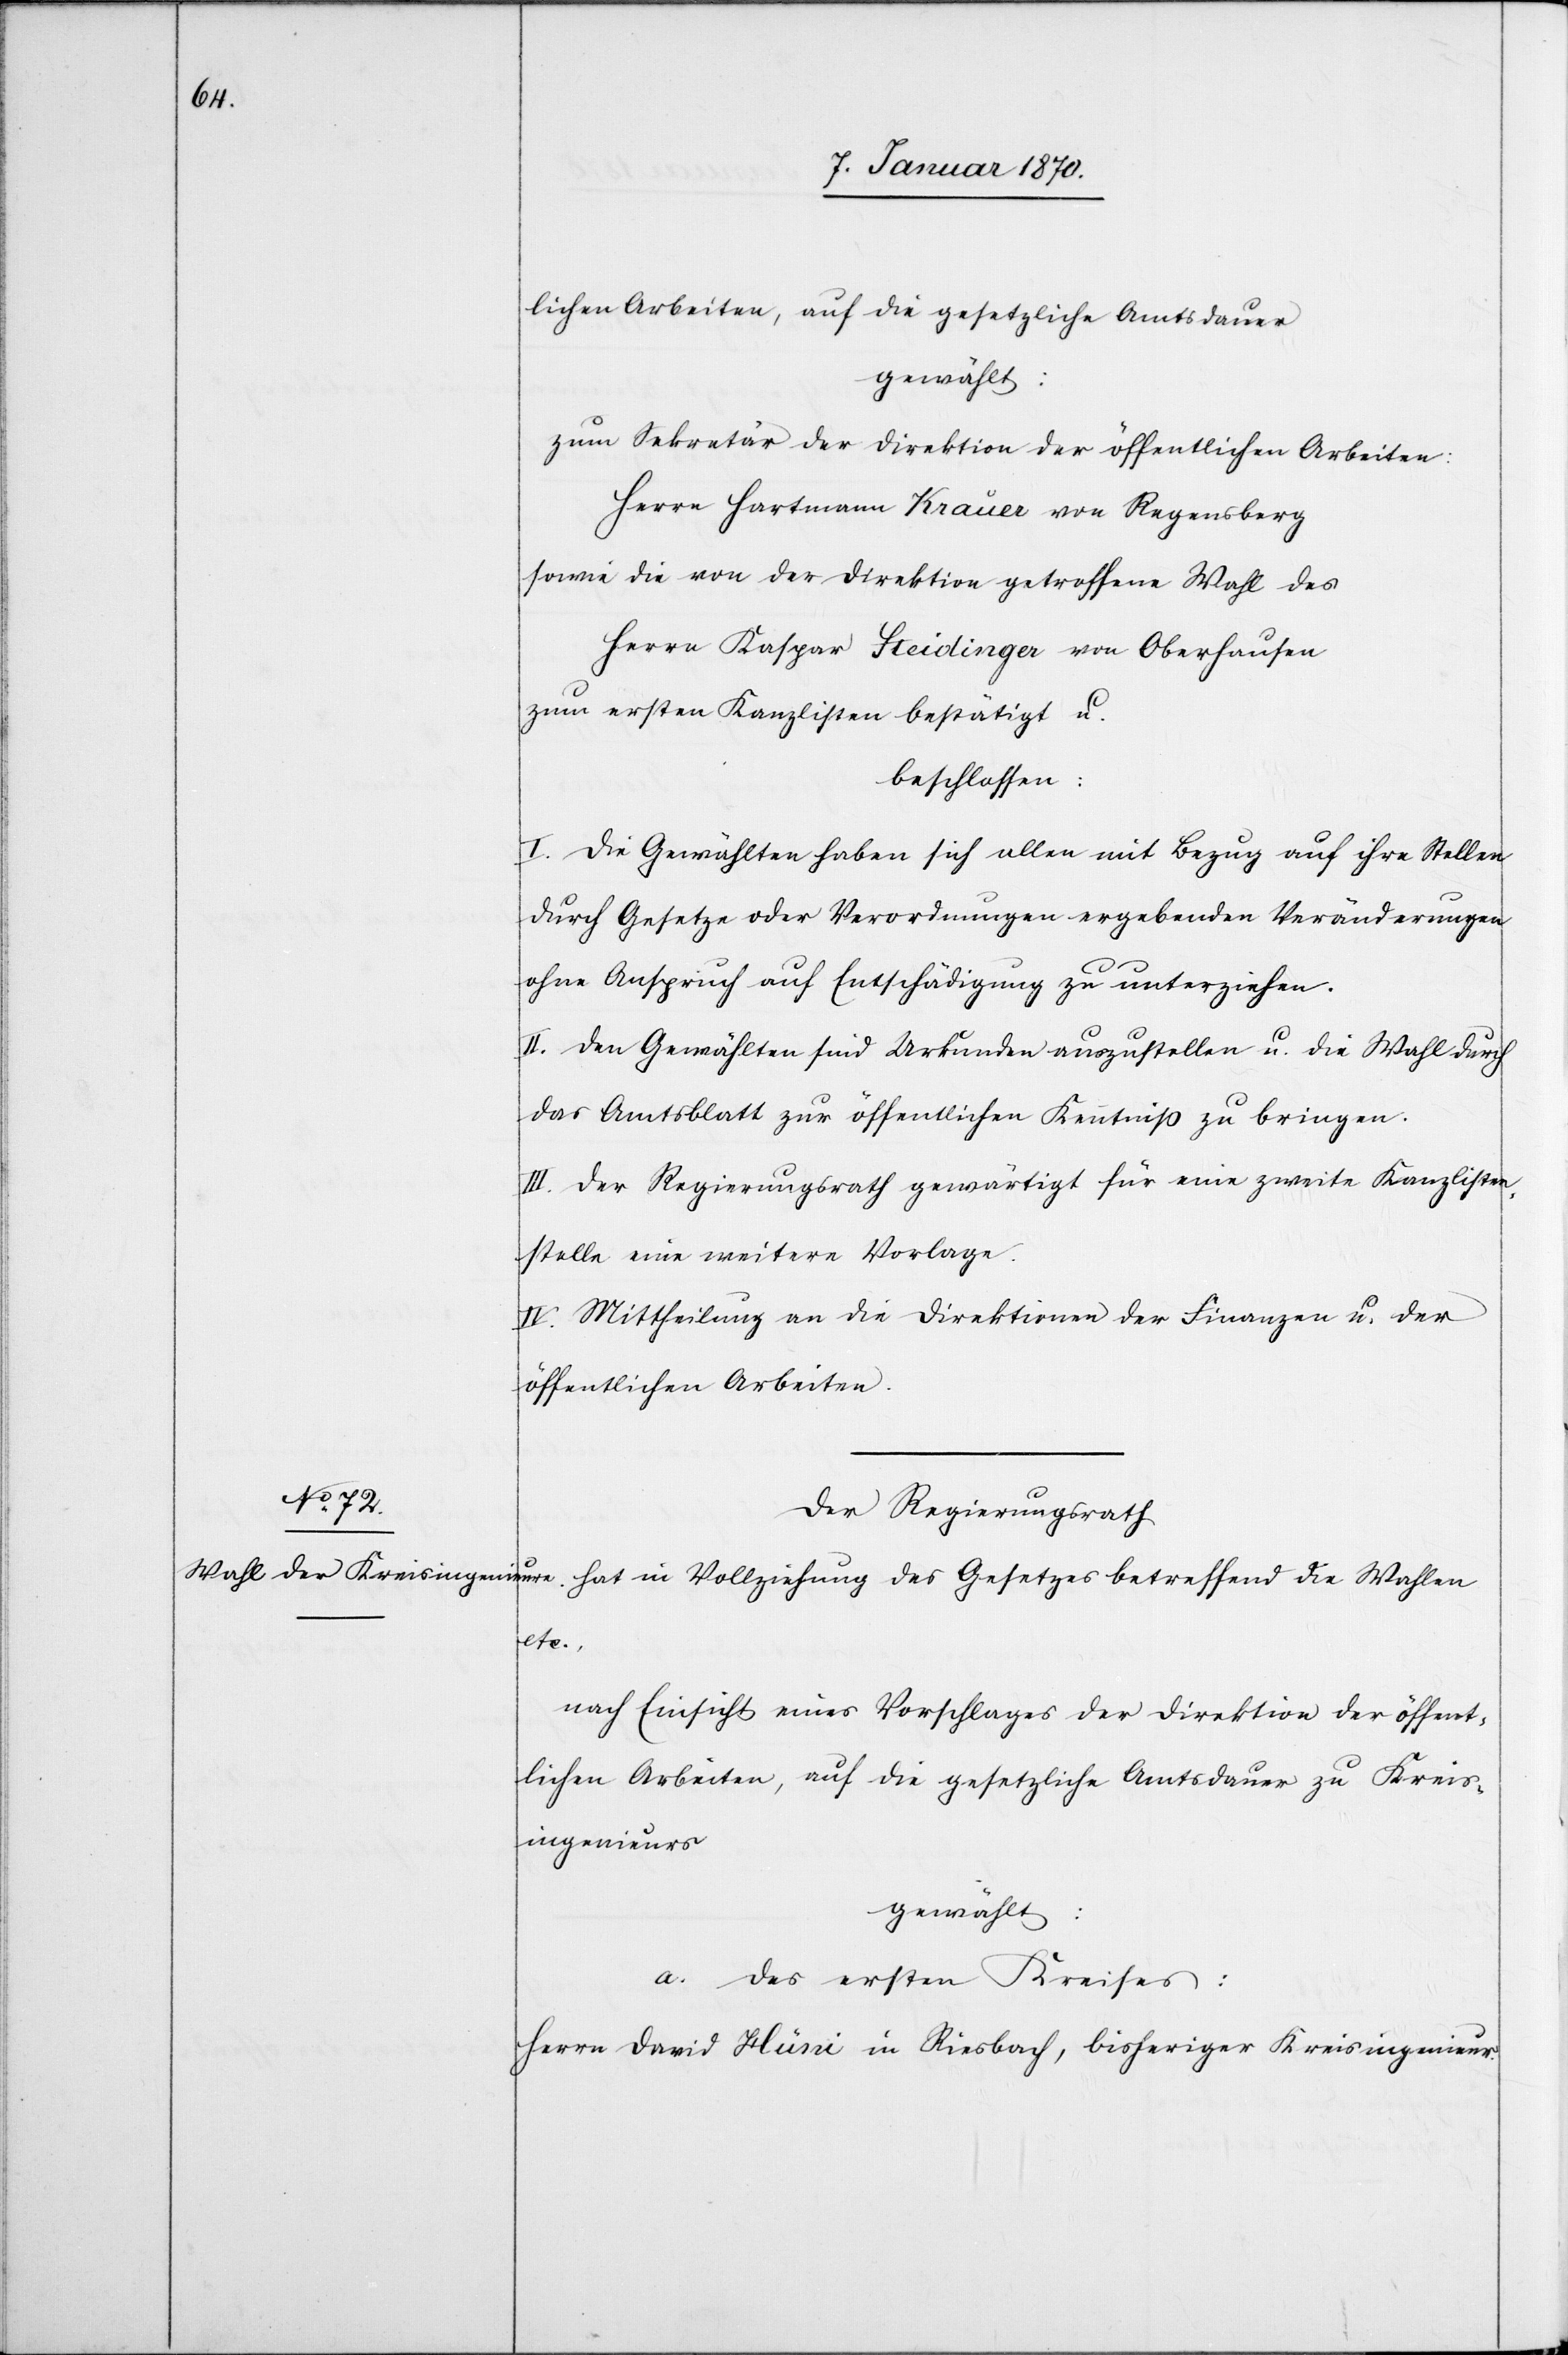
lichen Arbeiten, auf die gesetzliche Amtsdauer
gewählt:
zum Sekretär der Direktion der öffentlichen Arbeiten:
Herrn Hartmann Krauer von Regensberg
sowie die von der Direktion getroffene Wahl des
Herrn Kaspar Steidinger von Oberhausen
zum ersten Kanzlisten bestätigt u.
beschlossen:
I. Die Gewählten haben sich allen mit Bezug auf ihre Stellen
durch Gesetze oder Verordnungen ergebenden Veränderungen
ohne Anspruch auf Entschädigung zu unterziehen.
II. Den Gewählten sind Urkunden auszustellen u. die Wahl durch
das Amtsblatt zur öffentlichen Kenntniß zu bringen.
III. Der Regierungsrath gewärtigt für eine zweite Kanzlisten¬
stelle eine weitere Vorlage.
IV. Mittheilung an die Direktionen der Finanzen u. der
öffentlichen Arbeiten.
Der Regierungsrath
etc.,
nach Einsicht eines Vorschlages der Direktion der öffent¬
lichen Arbeiten, auf die gesetzliche Amtsdauer zu Kreis¬
ingenieurs
gewählt:
7.
a. des ersten Kreises:
Herrn David Hüssi in Riesbach, bisheriger Kreisingenieur.